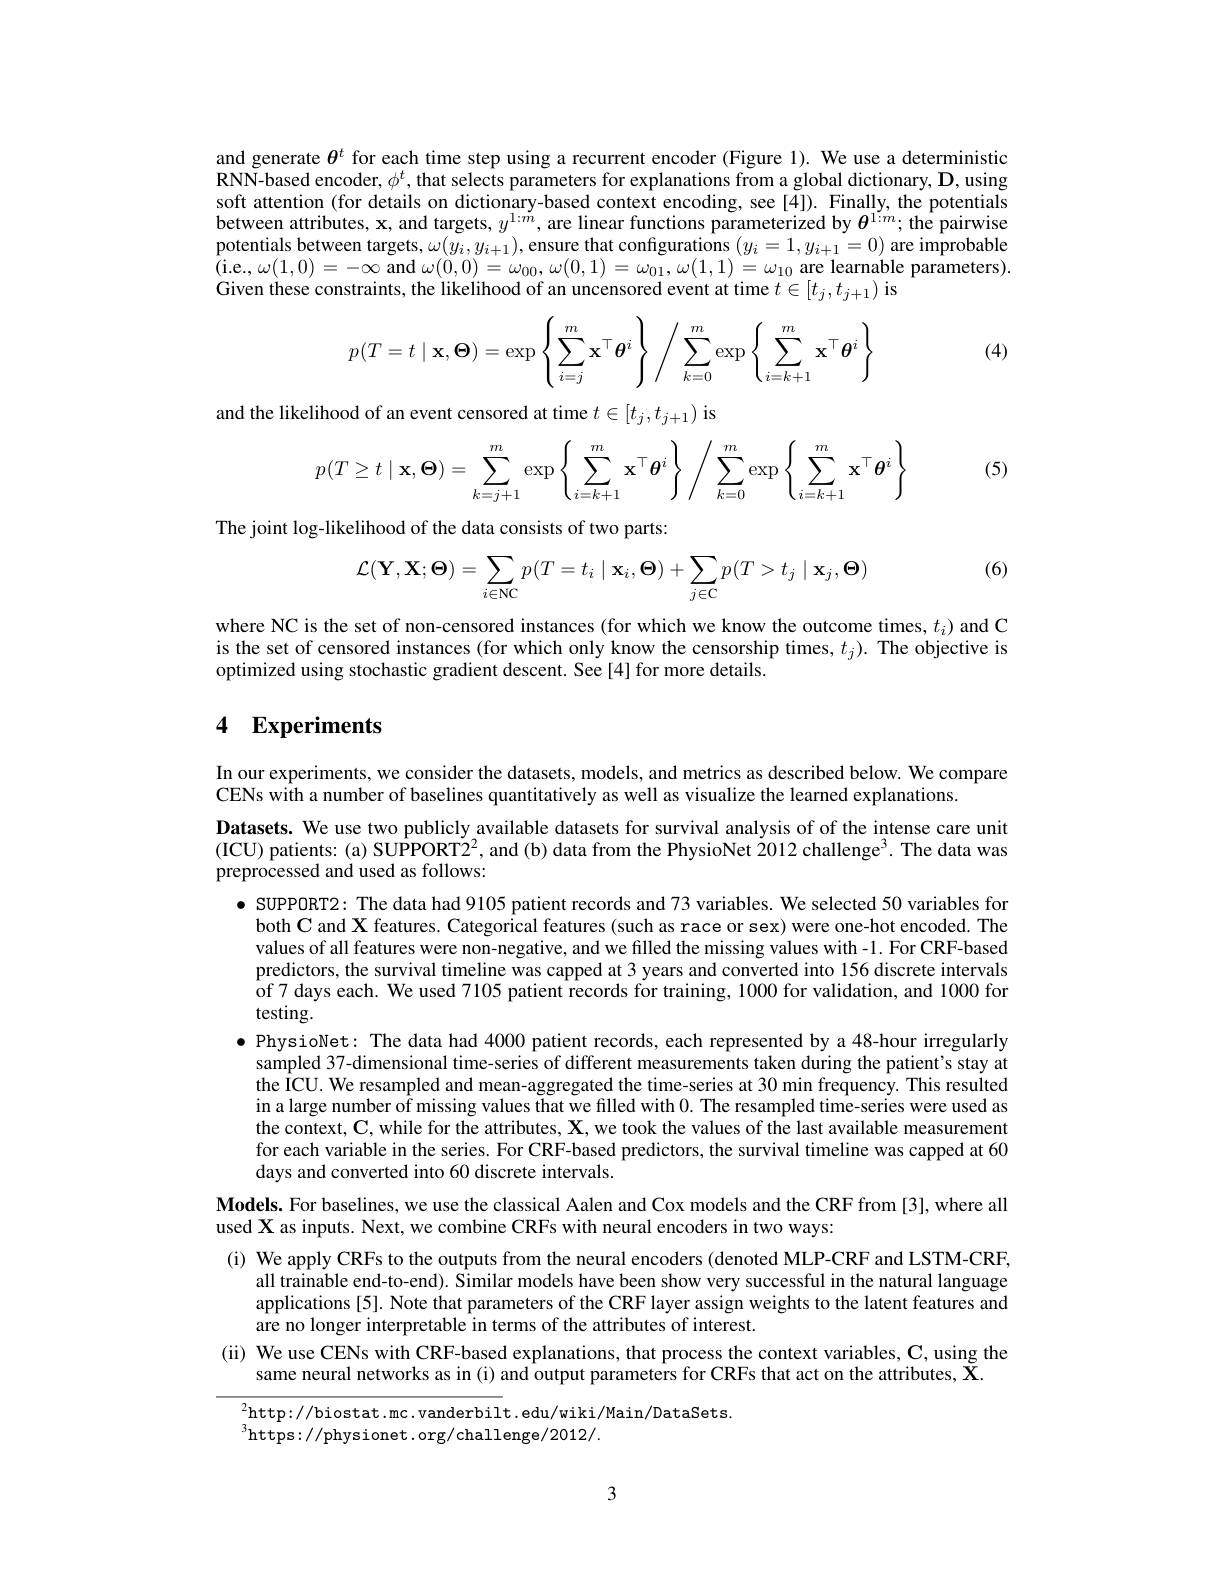
and generate $\theta^t$ for each time step using a recurrent encoder (Figure 1). We use a deterministic RNN-based encoder, $\phi^t$, that selects parameters for explanations from a global dictionary, D, using soft attention (for details on dictionary-based context encoding, see [4]). Finally, the potentials between attributes, $\mathbf{x}$, and targets, $y^1:m$, are linear functions parameterized by $\theta^{1:m};$ the pairwise potentials between targets, $\omega(y_i,y_{i+1})$, ensure that configurations $(y_i=1,y_{i+1}=0)$ are improbable $\tilde{(}$i.e$,\omega(1,0)=-\infty$ and $\omega(0,0)=\omega_{00},\omega(0,1)=\omega_{01},\omega(1,1)=\omega_{10}$ are learnable parameters). Given these constraints, the likelihood of an uncensored event at time $t\in[t_j,t_{j+1})$ is

(4)
$$p(T=t\mid\mathbf{x},\mathbf{\Theta})=\exp\left\{\sum_{i=j}^m\mathbf{x}^\top\boldsymbol{\theta}^i\right\}\left/\sum_{k=0}^m\exp\left\{\sum_{i=k+1}^m\mathbf{x}^\top\boldsymbol{\theta}^i\right\}\right.$$
and the likelihood of an event censored at time $t\in[t_j,t_{j+1})$ is

(5)
$$p(T\ge t\mid\mathbf{x},\mathbf{\Theta})=\sum\limits_{k=j+1}^m\exp\left\{\sum\limits_{i=k+1}^m\mathbf{x}^\top\boldsymbol{\theta}^i\right\}\left/\sum\limits_{k=0}^m\exp\left\{\sum\limits_{i=k+1}^m\mathbf{x}^\top\boldsymbol{\theta}^i\right\}\right.$$
The joint log-likelihood of the data consists of two parts:

(6)
$$\mathcal{L}(\mathbf{Y},\mathbf{X};\mathbf{\Theta})=\sum_{i\in\mathrm{NC}}p(T=t_i\mid\mathbf{x}_i,\mathbf{\Theta})+\sum_{j\in\mathrm{C}}p(T>t_j\mid\mathbf{x}_j,\mathbf{\Theta})$$
where NC is the set of non-censored instances (for which we know the outcome times, $t_i)$ and C is the set of censored instances (for which only know the censorship times, $t_j).$ The objective is optimized using stochastic gradient descent. See [4] for more details.

# 4 Experiments

In our experiments, we consider the datasets, models, and metrics as described below. We compare
CENs with a number of baselines quantitatively as well as visualize the learned explanations.
Datasets. We use two publicly available datasets for survival analysis of of the intense care unit (ICU) patients: (a) SUPPORT$\tilde{2}^2$, and (b) data from the PhysioNet $\tilde{2}012\text{challenge}^3.$ The data was preprocessed and used as follows:
· SUPPORT2: The data had 9105 patient records and 73 variables. We selected 50 variables for both C and X features. Categorical features (such as race or sex) were one-hot encoded. The values of all features were non-negative, and we filled the missing values with -1. For CRF-based predictors, the survival timeline was capped at 3 years and converted into 156 discrete intervals of 7 days each. We used 7105 patient records for training, 1000 for validation, and 1000 for testing.
$\bullet$ PhysioNet: The data had 4000 patient records, each represented by a 48-hour irregularly
sampled 37-dimensional time-series of different measurements taken during the patient's stay at the ÎCU. We resampled and mean-aggregated the time-series at 30 min frequency. This resulted in a large number of missing values that we filled with 0. The resampled time- series were used as the context, $\mathbf{C},while$ for the attributes, $\mathbf{X},we$ took the values of the last available measurement for each variable in the series. For CRF-based predictors, the survival timeline was capped at 60 days and converted into 60 discrete intervals.
$\mathbf{Models.~For~baselines,~we~use~the~classical~Aalen~and~Cox~models~and~the~CRF~from~[3],~where~all}$
used X as inputs. Next, we combine CRFs with neural encoders in two ways:
(i) We apply CRFs to the outputs from the neural encoders (denoted MLP-CRF and LSTM-CRF,
all trainable end-to-end). Similar models have been show very successful in the natural language applications [5]. Note that parameters of the CRF layer assign weights to the latent features and are no longer interpretable in terms of the attributes of interest.
(ii) We use CENs with CRF-based explanations, that process the context variables, $\mathbf{C}$, using the
same neural networks as in (i) and output parameters for CRFs that act on the attributes, $\tilde{\mathbf{X}}.$
$^{2}$http://biostat.mc.vanderbilt.edu/wiki/Main/DataSets.
$^{3}$https://physionet.org/challenge/2012/.

3